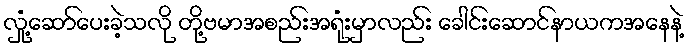
လှုံ့ဆော်ပေးခဲ့သလို တို့ဗမာအစည်းအရုံးမှာလည်း ခေါင်းဆောင်နာယကအနေနဲ့